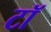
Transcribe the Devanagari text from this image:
टॉ